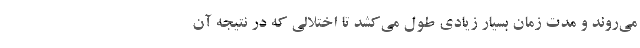
می‌روند و مدت زمان بسیار زیادی طول می‌کشد تا اختلالی که در نتیجه آن